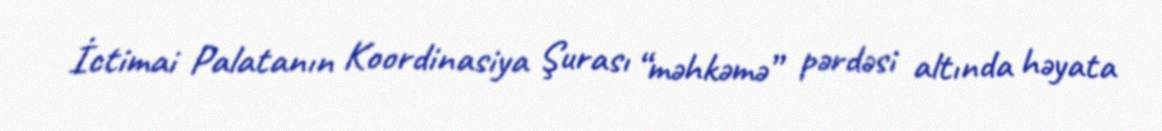
İctimai Palatanın Koordinasiya Şurası “məhkəmə” pərdəsi altında həyata